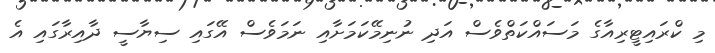
މި ކްރައިޓީރިއާގެ މަސައްކަތްވެސް އަދި ނުނިމޭކަމަށާއި ނަމަވެސް އޭގައި ސިޔާސީ ދާއިރާގައި އެ